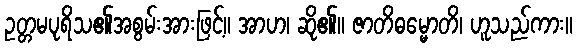
ဥတ္တမပုရိသ၏အစွမ်းအားဖြင့်။ အာဟ၊ ဆို၏။ ဇာတိဓမ္မောတိ၊ ဟူသည်ကား။